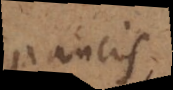
paucis